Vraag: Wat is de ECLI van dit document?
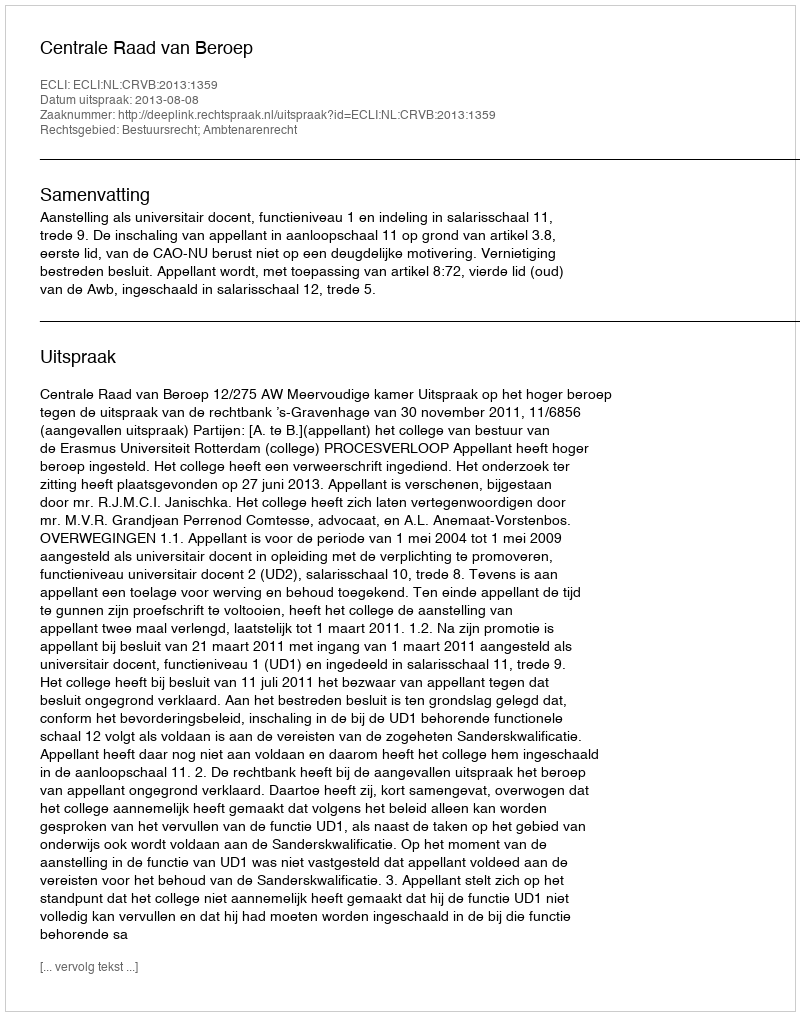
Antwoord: ECLI:NL:CRVB:2013:1359